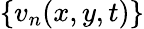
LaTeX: \{ v_{n}(x,y,t)\}